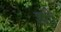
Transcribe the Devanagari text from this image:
श्ध्रीा